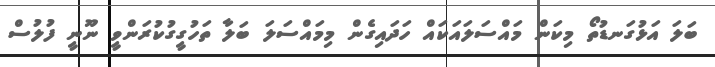
ބަލަ އަޅުގަނޑުތޯ މިކަން މައްސަލައަކައް ހަދައިގެން މިމައްސަލަ ބަލާ ތަހުގީގުކުރަންވީ ނޫނީ ފުލުސް